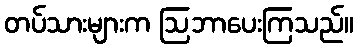
တပ်သားများက ဩဘာပေးကြသည်။